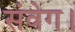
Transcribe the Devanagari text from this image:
संवेग।